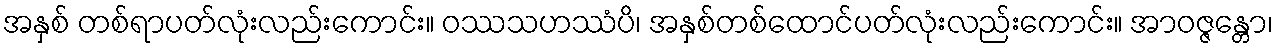
အနှစ် တစ်ရာပတ်လုံးလည်းကောင်း။ ဝဿသဟဿံပိ၊ အနှစ်တစ်ထောင်ပတ်လုံးလည်းကောင်း။ အာဝဇ္ဇန္တော၊